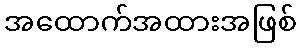
အထောက်အထားအဖြစ်